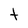
Character: t